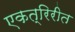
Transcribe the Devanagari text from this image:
एकत्रिरीत